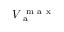
V _ { \mathrm { ~ a ~ } } ^ { \mathrm { ~ m ~ a ~ x ~ } }